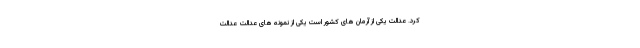
کرد. عدالت یکی از آرمان های کشور است یکی از نمونه های عدالت عدالت